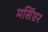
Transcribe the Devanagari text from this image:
मर्सिएर